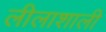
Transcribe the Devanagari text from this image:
लीलाशाली